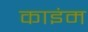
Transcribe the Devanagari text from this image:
काइंम